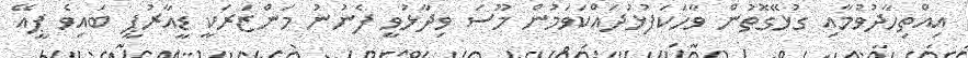
އިއްތިހާދުވުމާއި ގުޅޭގޮތުން ވާހަކަފުޅުދައްކަވަމުން މޫސަ ވިދާޅުވީ ފެނުނު މަންޒަރަކީ ޑީއާރުޕީ ބައިވެ ޕީއޭ